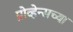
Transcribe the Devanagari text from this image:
प्रोव्हेन्सच्या